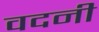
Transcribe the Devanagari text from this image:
वदनी